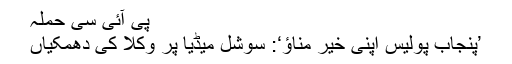
پی آئی سی حملہ
’پنجاب پولیس اپنی خیر مناؤ‘: سوشل میڈیا پر وکلا کی دھمکیاں